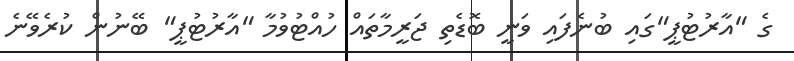
ގެ "އާރުޓުޕީ"ގައި ބުނެފައި ވަނީ ބޮޑެތި ޖަރީމާތައް ހުއްޓުވުމާ "އާރުޓުޕީ" ބޭނުން ކުރެވޭނެ